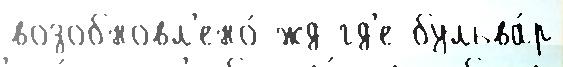
возобновл'ено́ жд гд'е бульва́р